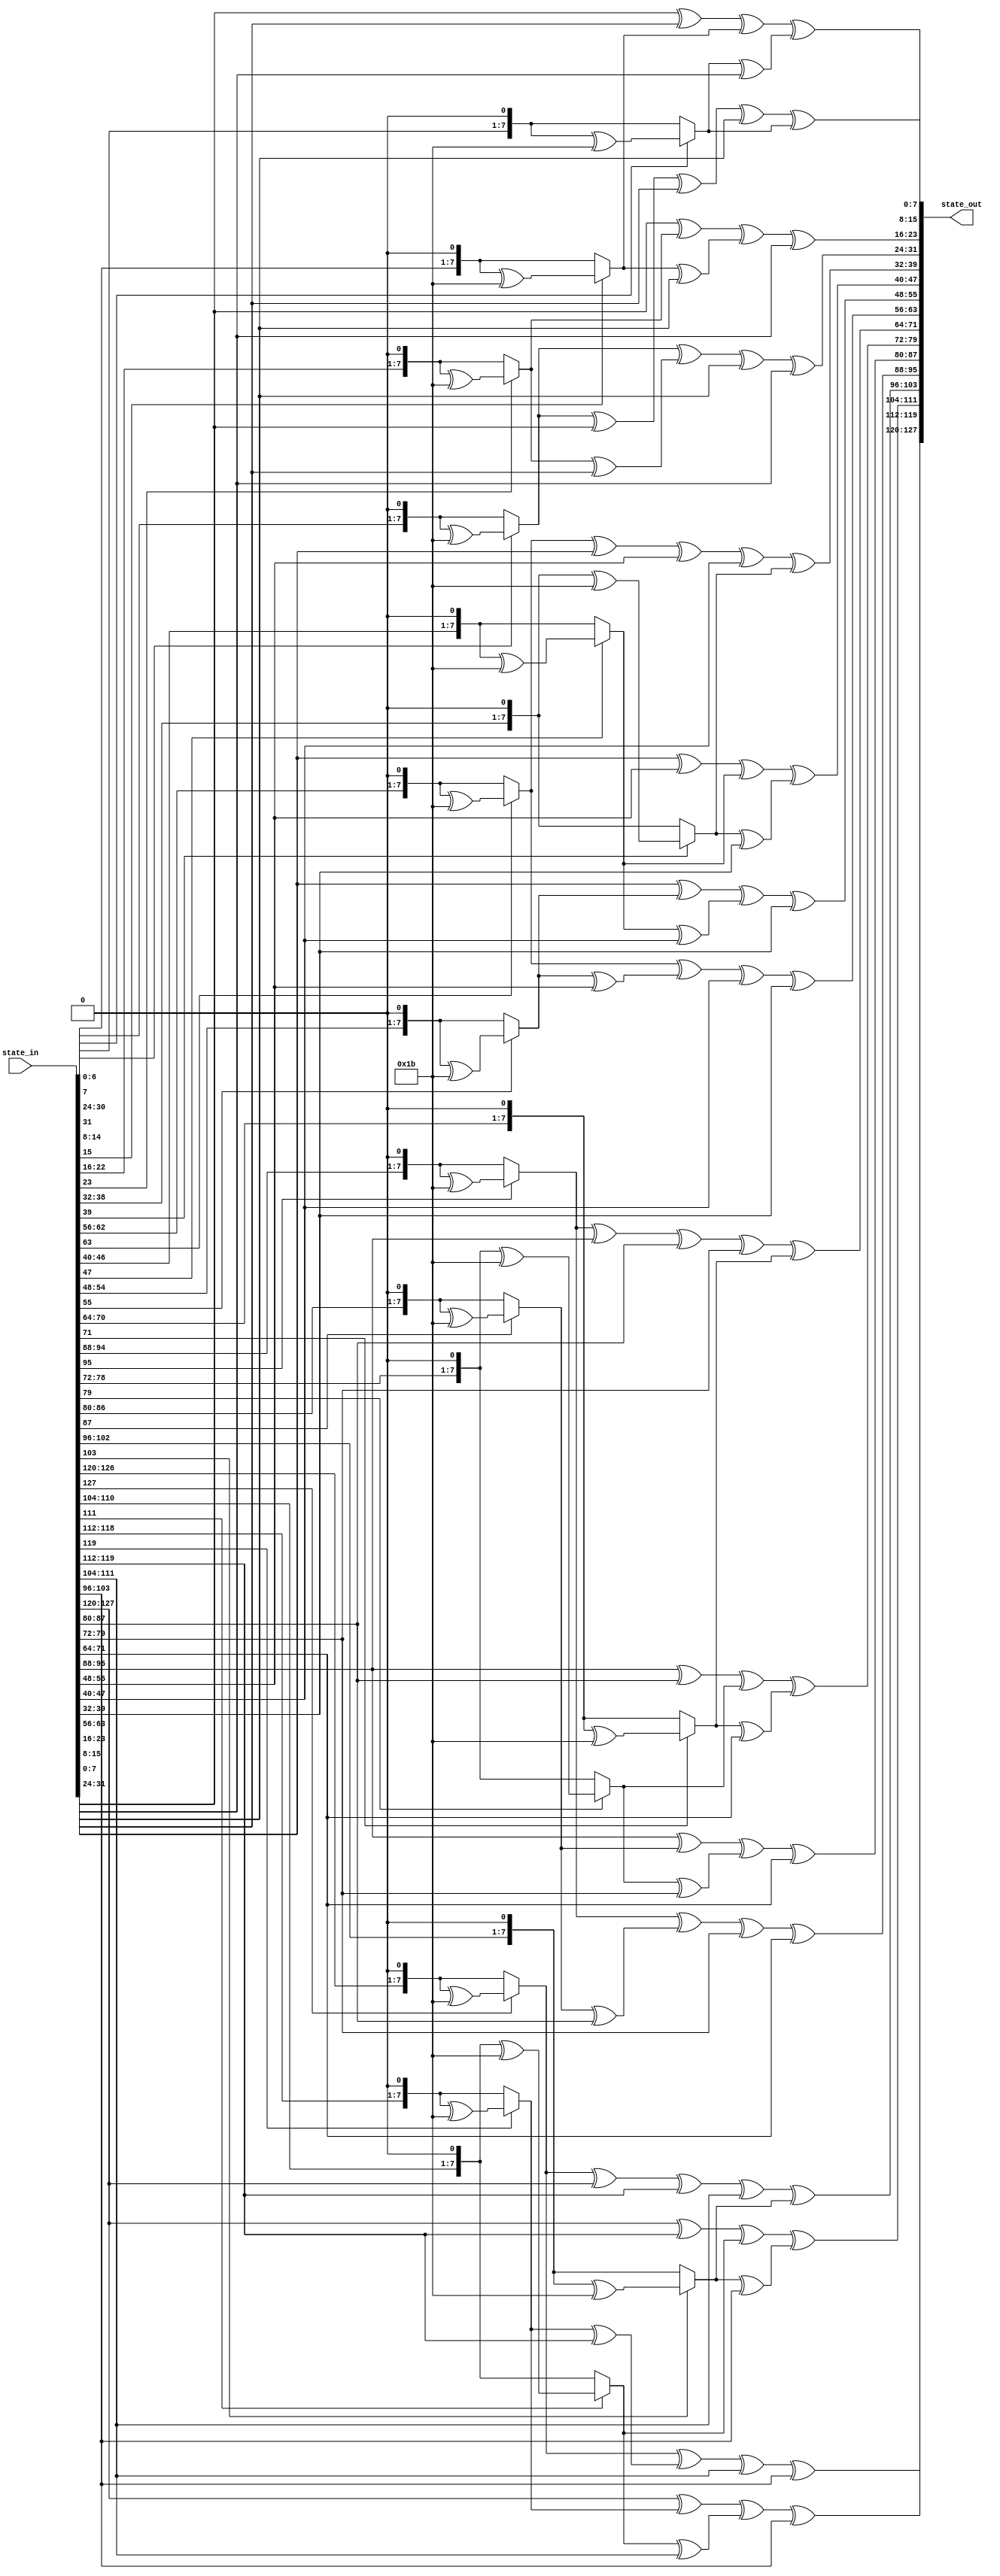
module MixColumns(
  input [0:127] state_in, 
  output [0:127] state_out);

function [7:0]mb_02;
  input [7:0] x;
  begin
    if(x[7] == 1) mb_02 = ((x << 1) ^ 8'h1b);
    else mb_02 = x << 1; 
  end
endfunction

function [7:0]mb_03;
  input[7:0] x;
  begin
    mb_03 = mb_02(x) ^ x;
  end
endfunction

genvar i;
generate
  for ( i=0 ; i<4 ; i = i+1 ) begin :mx_loop   
    assign state_out[(i*32)+:8] = mb_02(state_in[(i*32)+:8]) ^ mb_03(state_in[(i * 32 + 8)+:8]) ^ state_in[(i * 32 + 16)+:8] ^ state_in[(i*32 + 24)+:8];
    assign state_out[(i*32 + 8)+:8] = state_in[(i*32)+:8] ^ mb_02(state_in[(i*32 + 8)+:8]) ^ mb_03(state_in[(i * 32 + 16)+:8]) ^state_in[(i*32 + 24)+:8];
    assign state_out[(i*32 + 16)+:8] = state_in[(i*32)+:8] ^ state_in[(i * 32 + 8)+:8] ^ mb_02(state_in[(i * 32 + 16)+:8]) ^ mb_03(state_in[(i*32 + 24)+:8]);
    assign state_out[(i*32 + 24)+:8] = mb_03(state_in[(i*32)+:8]) ^ state_in[(i*32 + 8)+:8] ^ state_in[(i*32 + 16)+:8] ^ mb_02(state_in[(i * 32 + 24)+:8]);
  end
endgenerate
endmodule